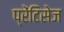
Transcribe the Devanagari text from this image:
प्रेंटिसेज